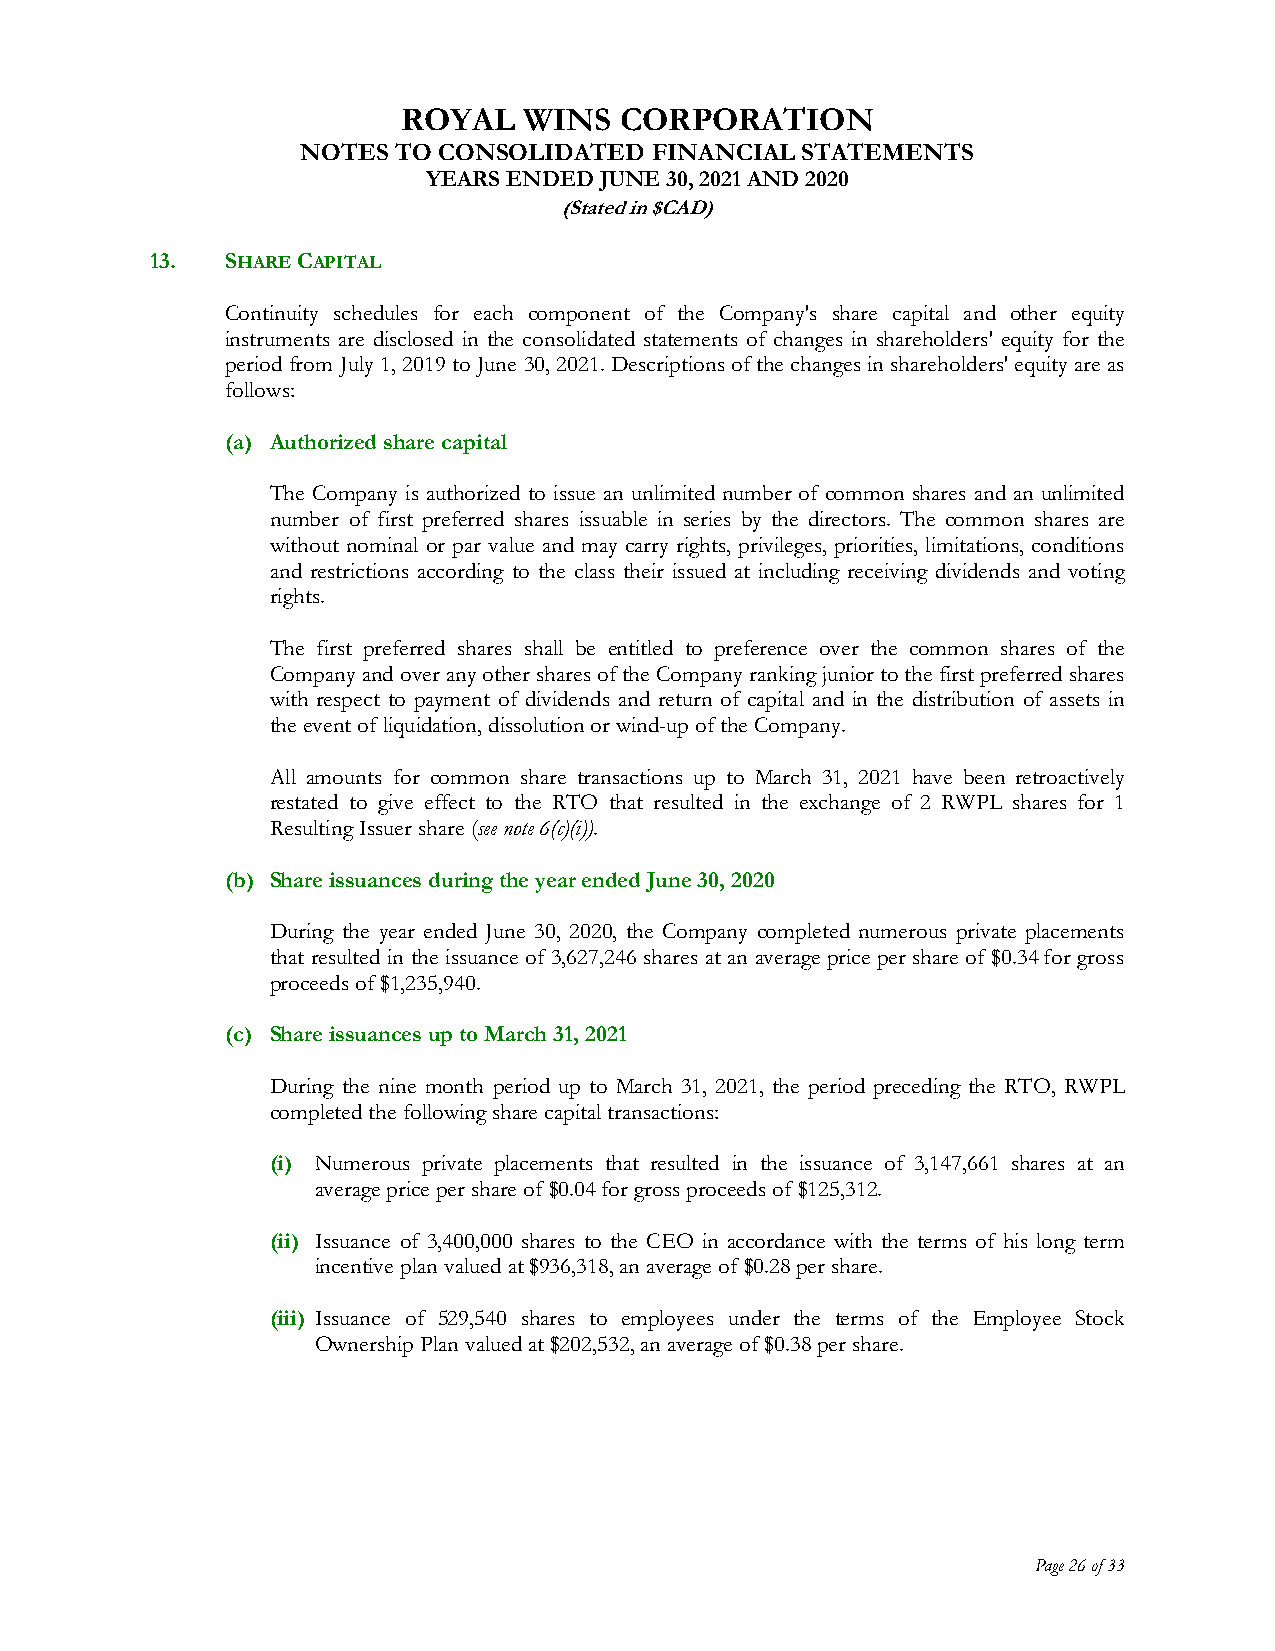
ROYAL   WINS  CORPORATION
 NOTES TO CONSOLIDATED  FINANCIAL STATEMENTS
 YEARS ENDED JUNE 30, 2021 AND 2020
 (Stated in $CAD)
 13.  SHARE CAPITAL
 Continuity schedules for each component of the Company's share capital and other equity
 instruments are disclosed in the consolidated statements of changes in shareholders' equity for the
 period from July 1, 2019 to June 30, 2021. Descriptions of the changes in shareholders' equity are as
 follows:
 (a) Authorized share capital
 The Company is authorized to issue an unlimited number of common shares and an unlimited
 number of first preferred shares issuable in series by the directors. The common shares are
 without nominal or par value and may carry rights, privileges, priorities, limitations, conditions
 and restrictions according to the class their issued at including receiving dividends and voting
 rights.
 The first preferred shares shall be entitled to preference over the common shares of the
 Company and over any other shares of the Company ranking junior to the first preferred shares
 with respect to payment of dividends and return of capital and in the distribution of assets in
 the event of liquidation, dissolution or wind-up of the Company.
 All amounts for common share transactions up to March 31, 2021 have been retroactively
 restated to give effect to the RTO that resulted in the exchange of 2 RWPL shares for 1
 Resulting Issuer share (see note 6(c)(i)).
 (b) Share issuances during the year ended June 30, 2020
 During the year ended June 30, 2020, the Company completed numerous private placements
 that resulted in the issuance of 3,627,246 shares at an average price per share of $0.34 for gross
 proceeds of $1,235,940.
 (c) Share issuances up to March 31, 2021
 During the nine month period up to March 31, 2021, the period preceding the RTO, RWPL
 completed the following share capital transactions:
 (i) Numerous private placements that resulted in the issuance of 3,147,661 shares at an
 average price per share of $0.04 for gross proceeds of $125,312.
 (ii) Issuance of 3,400,000 shares to the CEO in accordance with the terms of his long term
 incentive plan valued at $936,318, an average of $0.28 per share.
 (iii) Issuance of 529,540 shares to employees under the terms of the Employee Stock
 Ownership Plan valued at $202,532, an average of $0.38 per share.
 Page 26 of 33